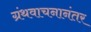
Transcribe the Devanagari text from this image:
ग्रंथवाचनानंतर